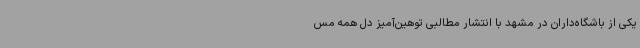
یکی از باشگاه‌داران در مشهد با انتشار مطالبی توهین‌آمیز دل همه مس